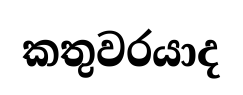
කතුවරයාද